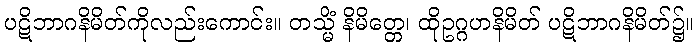
ပဋိဘာဂနိမိတ်ကိုလည်းကောင်း။ တသ္မိံ နိမိတ္တေ၊ ထိုဥဂ္ဂဟနိမိတ် ပဋိဘာဂနိမိတ်၌။